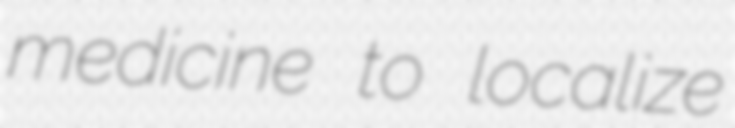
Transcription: medicine to localize